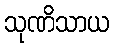
သုဏိသာယ